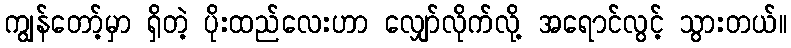
ကျွန်တော့်မှာ ရှိတဲ့ ပိုးထည်လေးဟာ လျှော်လိုက်လို့ အရောင်လွင့် သွားတယ်။